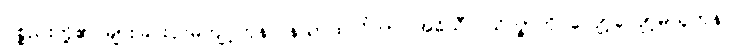
ပစ္စည်းတို့၏ များခြင်းငှာမကျင့်ကုန်။ နသာထလိကာ၊ အဓိသီလသိက္ခာကို လျော့လျော့မယူကုန်။